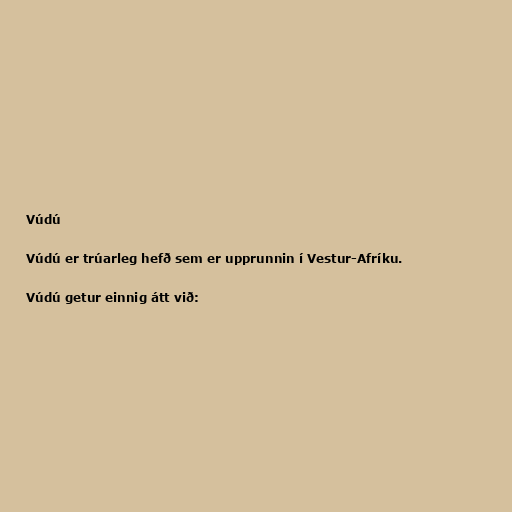
Vúdú

Vúdú er trúarleg hefð sem er upprunnin í Vestur-Afríku.

Vúdú getur einnig átt við: